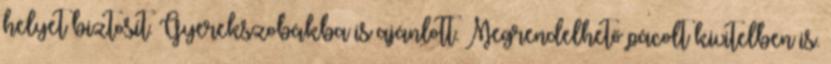
helyet biztosít. Gyerekszobákba is ajánlott. Megrendelhető pácolt kivitelben is.